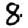
Digit: 8